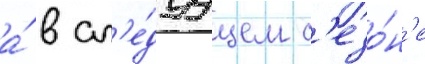
а́ в сл'е́дуущем с'езо́н'е